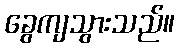
ခွေကျသွားသည်။